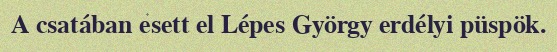
A csatában esett el Lépes György erdélyi püspök.